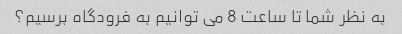
به نظر شما تا ساعت 8 می توانیم به فرودگاه برسیم؟